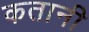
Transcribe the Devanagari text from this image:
कतानी